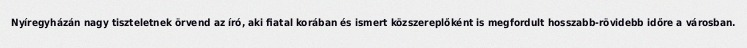
Nyíregyházán nagy tiszteletnek örvend az író, aki fiatal korában és ismert közszereplőként is megfordult hosszabb-rövidebb időre a városban.